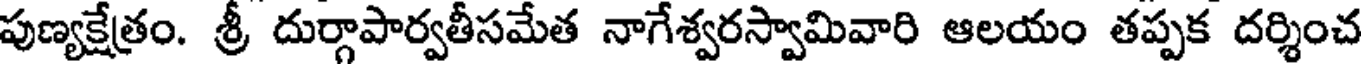
పుణ్యక్షేత్రం. శ్రీ దుర్గాపార్వతీసమేత నాగేశ్వరస్వామివారి ఆలయం తప్పక దర్శించ